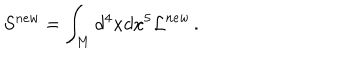
S ^ { n e w } = \int _ { \bf M } d ^ { 4 } x d x ^ { 5 } { \cal L } ^ { n e w } \, .